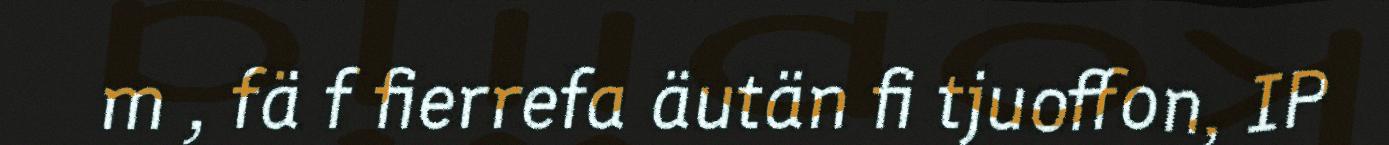
m , fä f fierrefa äutän fi tjuoffon, IP